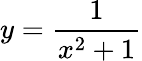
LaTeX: y=\frac{1}{x^{2}+1}